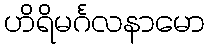
ဟိရိမင်္ဂလနာမော